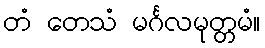
တံ တေသံ မင်္ဂလမုတ္တမံ။